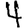
Digit: 4